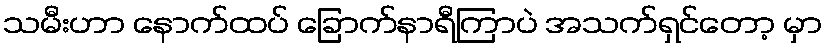
သမီးဟာ နောက်ထပ် ခြောက်နာရီကြာပဲ အသက်ရှင်တော့ မှာ